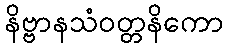
နိဗ္ဗာနသံဝတ္တနိကော